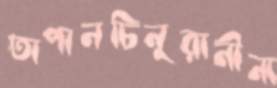
তাপানচিনুরানীনা